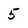
Character: 5